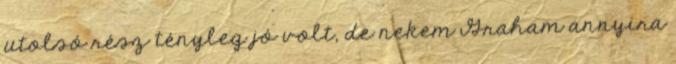
utolsó rész tényleg jó volt, de nekem Graham annyira